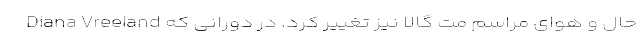
حال و هوای مراسم مت گالا نیز تغییر کرد. در دورانی که Diana Vreeland